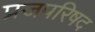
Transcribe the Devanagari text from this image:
प्रजपरिषद